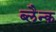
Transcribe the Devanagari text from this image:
ब्लैन्क